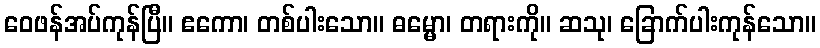
ဝေဖန်အပ်ကုန်ပြီ။ ဧကော၊ တစ်ပါးသော။ ဓမ္မော၊ တရားကို။ ဆသု၊ ခြောက်ပါးကုန်သော။